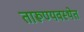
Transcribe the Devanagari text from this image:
तारूण्यवस्थेत